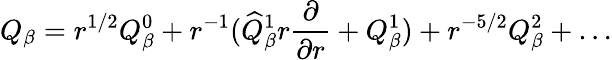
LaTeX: Q_{\beta}=r^{1/2}Q_{\beta}^{0}+r^{-1}(\widehat{Q}_{\beta}^{1}r\frac{\partial}{\partial r}+Q_{\beta}^{1})+r^{-5/2}Q_{\beta}^{2}+\ldots